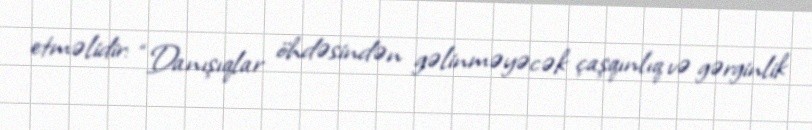
etməlidir: “Danışıqlar öhdəsindən gəlinməyəcək çaşqınlıq və gərginlik